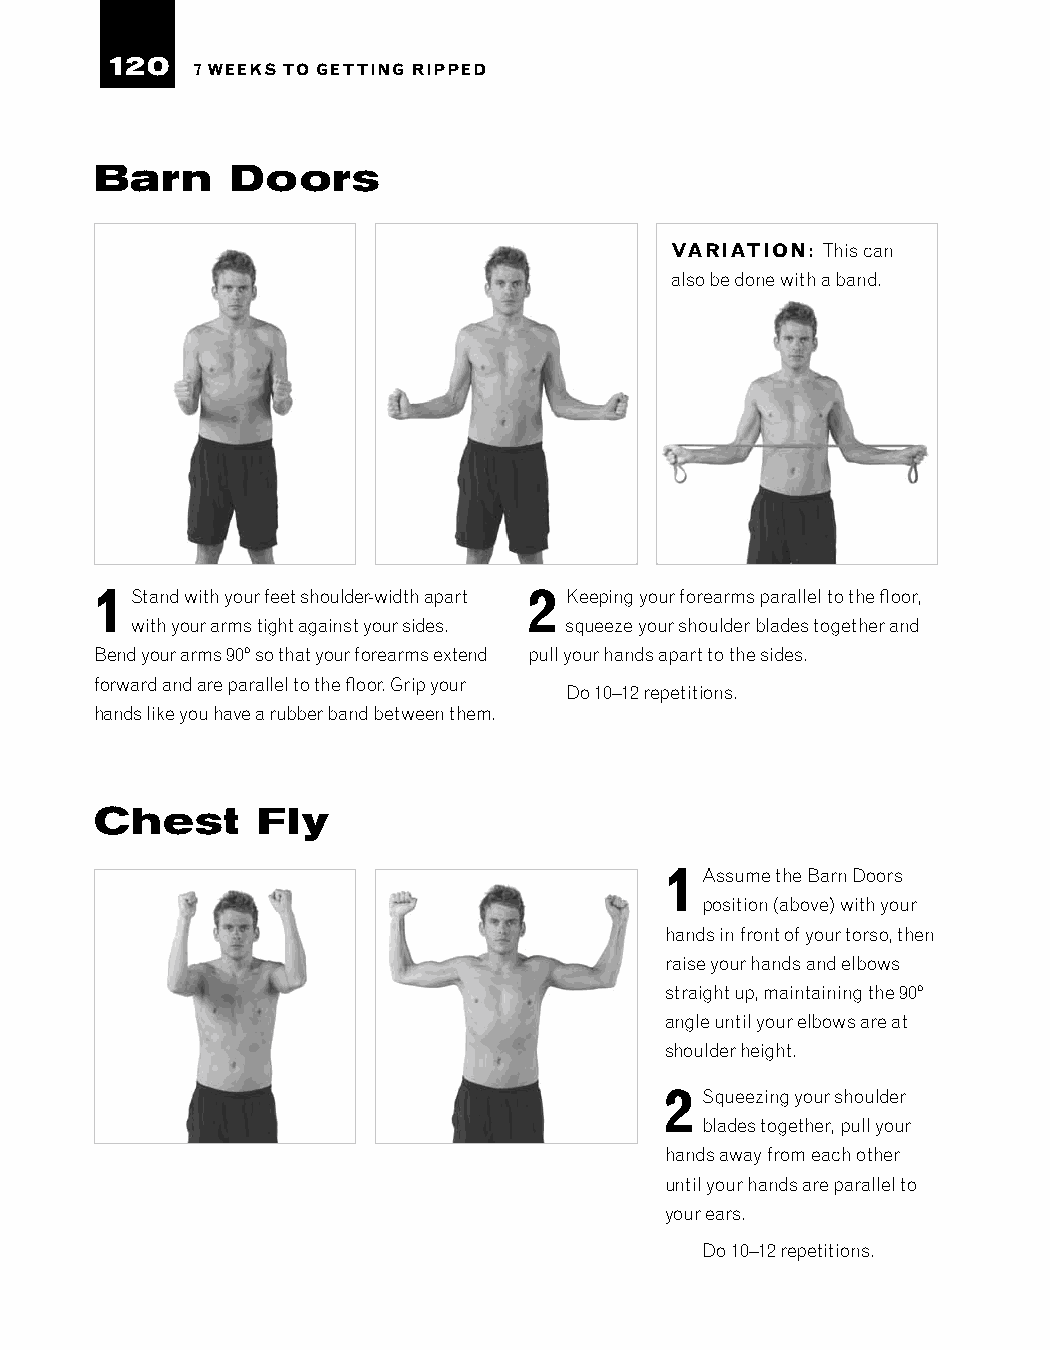
120
 7 WEEKS TO GETTING RIPPED
 Barn     Doors
 VARIATION: This can
 also be done with a band.
 1  Stand with your feet shoulder-width apart 2 Keeping your forearms parallel to the floor,
 with your arms tight against your sides. squeeze your shoulder blades together and
 Bend your arms 90º so that your forearms extend pull your hands apart to the sides.
 forward and are parallel to the floor. Grip your
 Do 10–12 repetitions.
 hands like you have a rubber band between them.
 Chest      Fly
 1 Assume the Barn Doors
 position (above) with your
 hands in front of your torso, then
 raise your hands and elbows
 straight up, maintaining the 90º
 angle until your elbows are at
 shoulder height.
 2 Squeezing your shoulder
 blades together, pull your
 hands away from each other
 until your hands are parallel to
 your ears.
 Do 10–12 repetitions.